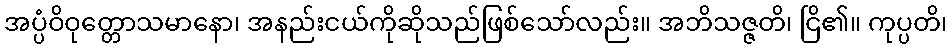
အပ္ပံဝိဝုတ္တောသမာနော၊ အနည်းငယ်ကိုဆိုသည်ဖြစ်သော်လည်း။ အဘိသဇ္ဇတိ၊ ငြိ၏။ ကုပ္ပတိ၊